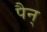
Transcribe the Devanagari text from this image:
पैन्